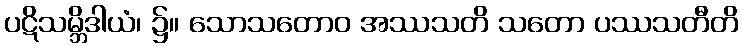
ပဋိသမ္ဘိဒါယံ၊ ၌။ သောသတောဝ အဿသတိ သတော ပဿသတီတိ